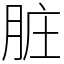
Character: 脏